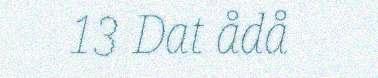
13 Dat ådå